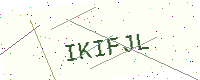
Text: IKIFJL